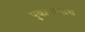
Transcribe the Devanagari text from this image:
पुकारण्यास